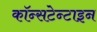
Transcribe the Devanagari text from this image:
कॉन्सटेन्टाइन